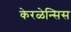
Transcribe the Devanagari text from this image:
केरळेन्सिस